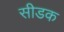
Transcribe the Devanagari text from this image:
सीडक